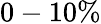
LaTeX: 0-10\%